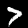
Label: 7